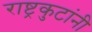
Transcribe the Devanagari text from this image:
राष्ट्रकुटांनी